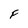
Character: F